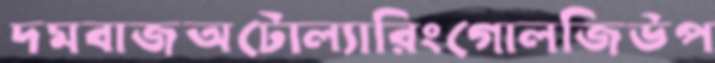
দমবাজঅটোল্যারিংগোলজিউপ